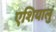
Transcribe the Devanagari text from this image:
एशियालुं